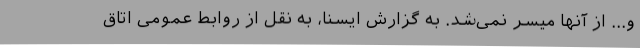
و... از آنها میسر نمی‌شد. به گزارش ایسنا، به نقل از روابط عمومی اتاق